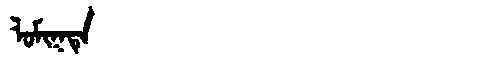
Manchu: ᠯᠣᠮᡳᡴᡨᡝ
Romanization: LOMIKTE